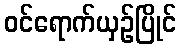
ဝင်ရောက်ယှဉ်ပြိုင်